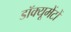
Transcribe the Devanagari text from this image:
डॉक्यूमेंटों